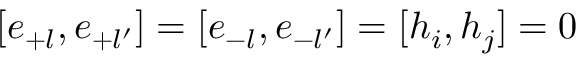
[ e _ { + l } , e _ { + l ^ { \prime } } ] = [ e _ { - l } , e _ { - l ^ { \prime } } ] = [ h _ { i } , h _ { j } ] = 0